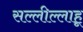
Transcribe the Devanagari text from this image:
सल्लील्लाहू